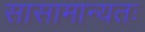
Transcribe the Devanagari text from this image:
सासामान्यतः